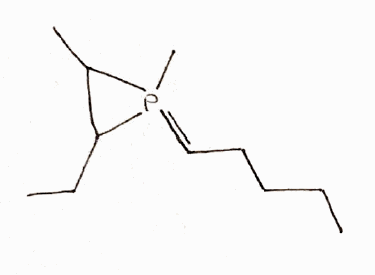
Simplified molecular-input line-entry system (SMILES) notation of the given molecule:
CCCCC=P1(C(C1CC)C)C